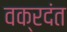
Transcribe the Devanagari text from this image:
वक्रदंत